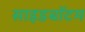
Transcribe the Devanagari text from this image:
साइडबॉटम